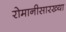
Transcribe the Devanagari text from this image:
रोमानीसारख्या